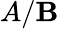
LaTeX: A/\mathbf{B}